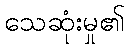
သေဆုံးမှု၏